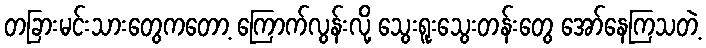
တခြားမင်းသားတွေကတော့ ကြောက်လွန်းလို့ သွေးရူးသွေးတန်းတွေ အော်နေကြသတဲ့